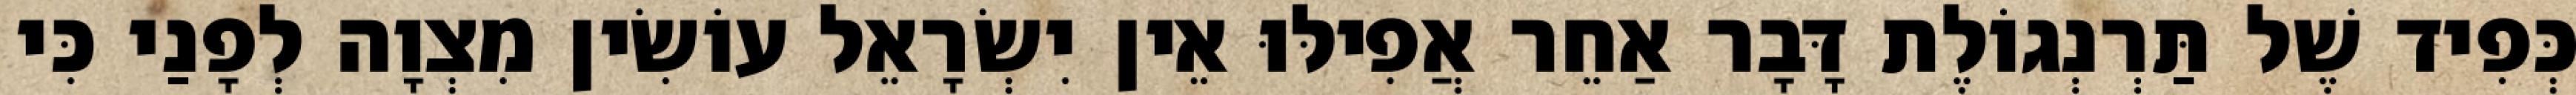
כְּפִיד שֶׁל תַּרְנְגוֹלֶת דָּבָר אַחֵר אֲפִילּוּ אֵין יִשְׂרָאֵל עוֹשִׂין מִצְוָה לְפָנַי כִּי